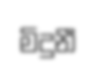
මිදුනී